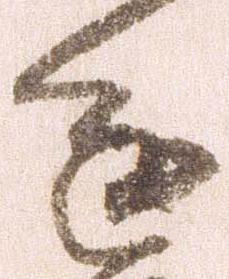
進